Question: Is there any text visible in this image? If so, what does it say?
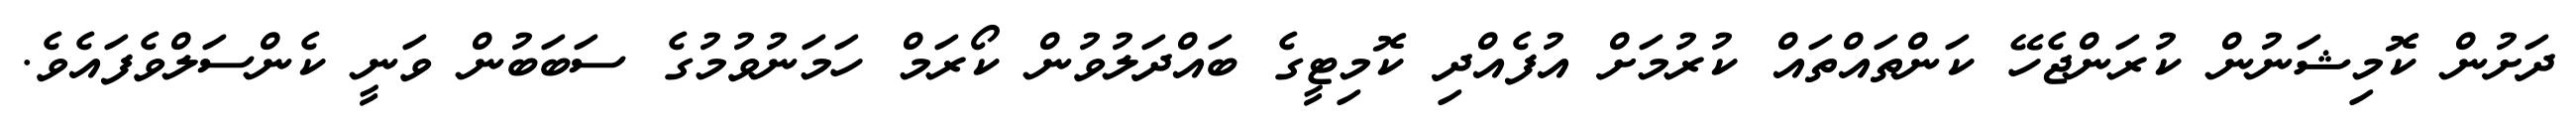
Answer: ދަށުން ކޮމިޝަނުން ކުރަންޖެހޭ ކަންތައްތައް ކުރުމަށް އުފެއްދި ކޮމިޓީގެ ބައްދަލުވުން ކޯރަމް ހަމަނުވުމުގެ ސަބަބުން ވަނީ ކެންސަލްވެފައެވެ.